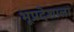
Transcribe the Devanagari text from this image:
भूप्रदेशाला